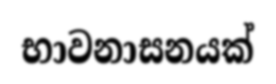
භාවනාසනයක්